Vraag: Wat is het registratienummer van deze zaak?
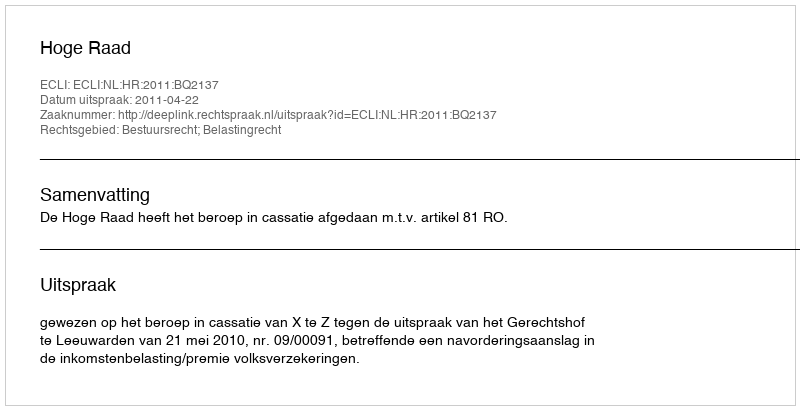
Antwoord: http://deeplink.rechtspraak.nl/uitspraak?id=ECLI:NL:HR:2011:BQ2137